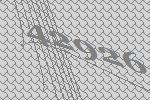
42926